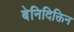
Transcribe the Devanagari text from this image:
बेनिदिक्तिन